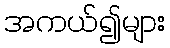
အကယ်၍များ